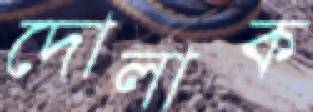
দোলাক